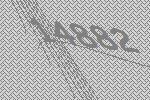
14882